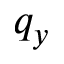
q _ { y }